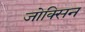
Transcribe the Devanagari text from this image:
जोक्सिन